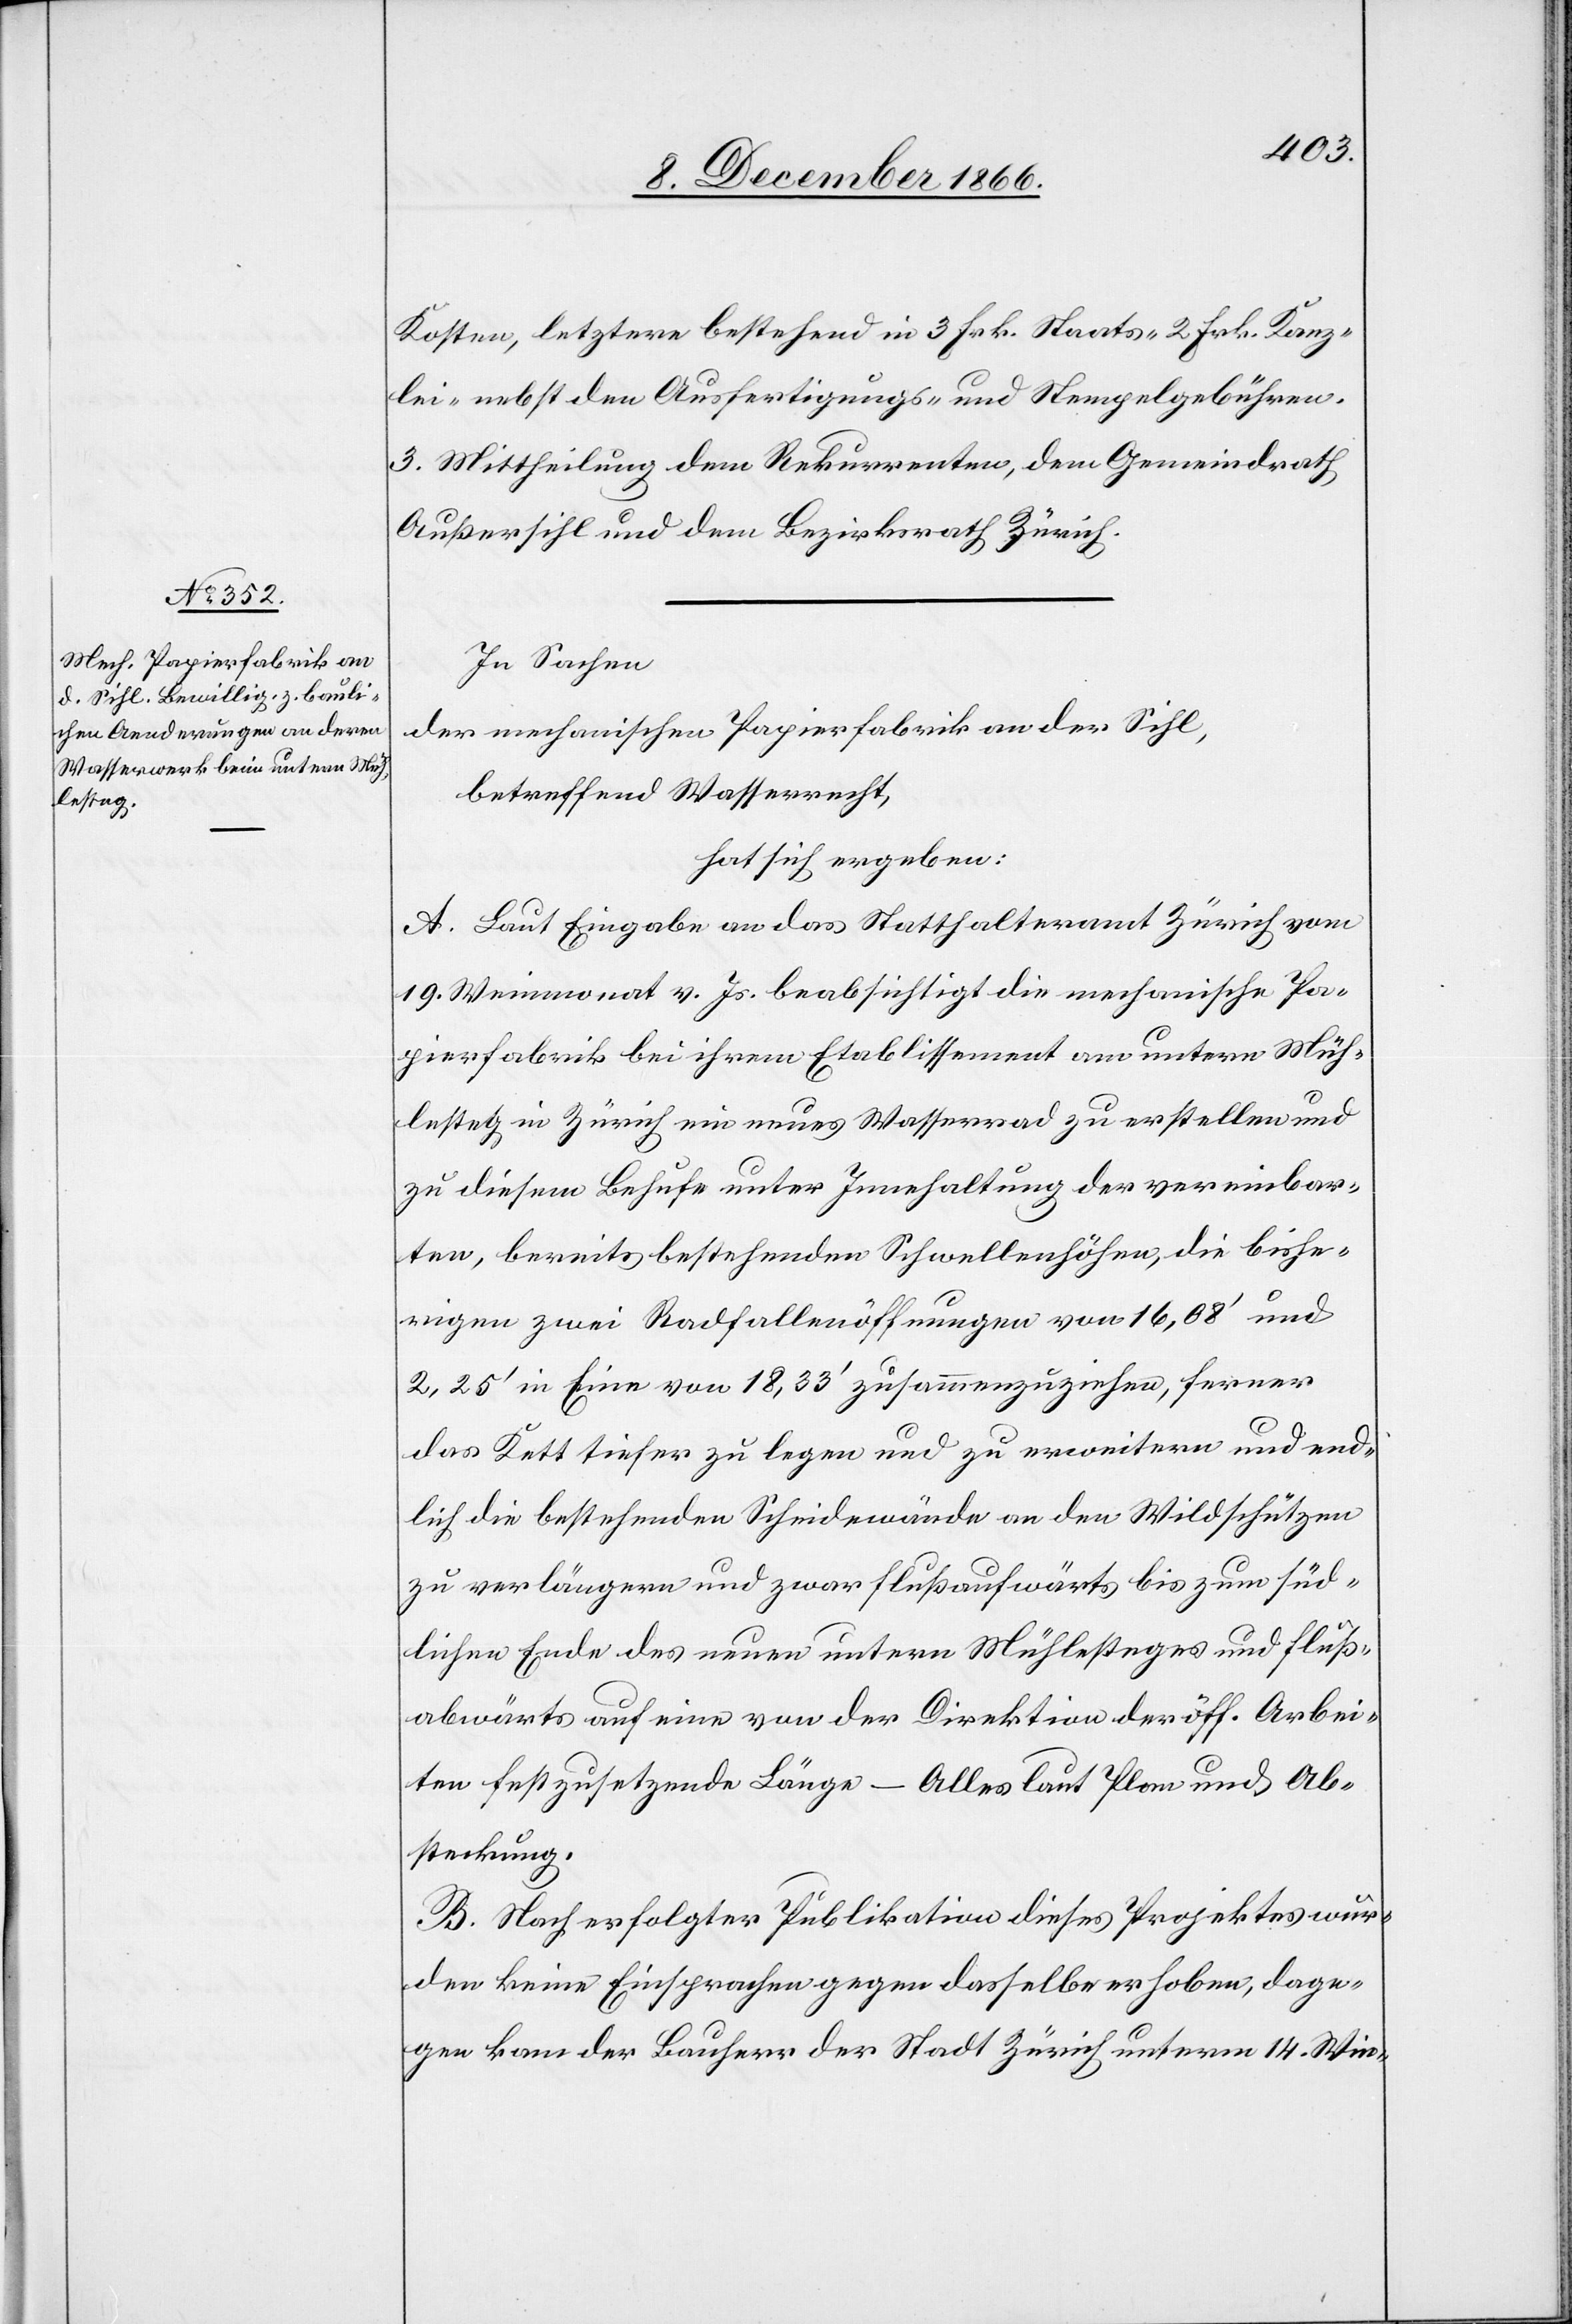
Kosten, letztere bestehend in 3 Frk. Staats-[,] 2 Frk. Kanz¬
lei- nebst den Ausfertigungs- und Stempelgebühren.
3. Mittheilung dem Rekurrenten, dem Gemeindrath
Außersihl und dem Bezirksrath Zürich.
In Sachen
der mechanischen Papierfabrik an der Sihl,
betreffend Wasserrecht,
hat sich ergeben:
A. Laut Eingabe an das Statthalteramt Zürich vom
19. Weinmonat v. Js. beabsichtigt die mechanische Pa¬
pierfabrik bei ihrem Etablissement am untern Müh¬
lesteg in Zürich ein neues Wasserrad zu erstellen und
zu diesem Behufe unter Innehaltung der vereinbar¬
ten, bereits bestehenden Schwellenhöhen, die bishe¬
rigen zwei Radfallenöffnungen von 16,08‘ und
2,25‘ in Eine von 18,33‘ zusammenzuziehen, ferner
das Kett tiefer zu legen und zu erweitern und end¬
lich die bestehenden Scheidewände an den Wildschützen
zu verlängern und zwar flußaufwärts bis zum süd¬
lichen Ende des neuen untern Mühlesteges und fluß¬
abwärts auf eine von der Direktion der öff. Arbei¬
ten festzusetzende Länge – Alles laut Plan und Ab¬
steckung.
B. Nach erfolgter Publikation dieses Projektes wur¬
den keine Einsprachen gegen dasselbe erhoben, dage¬
gen kam der Bauherr der Stadt Zürich unterm 14. Win-